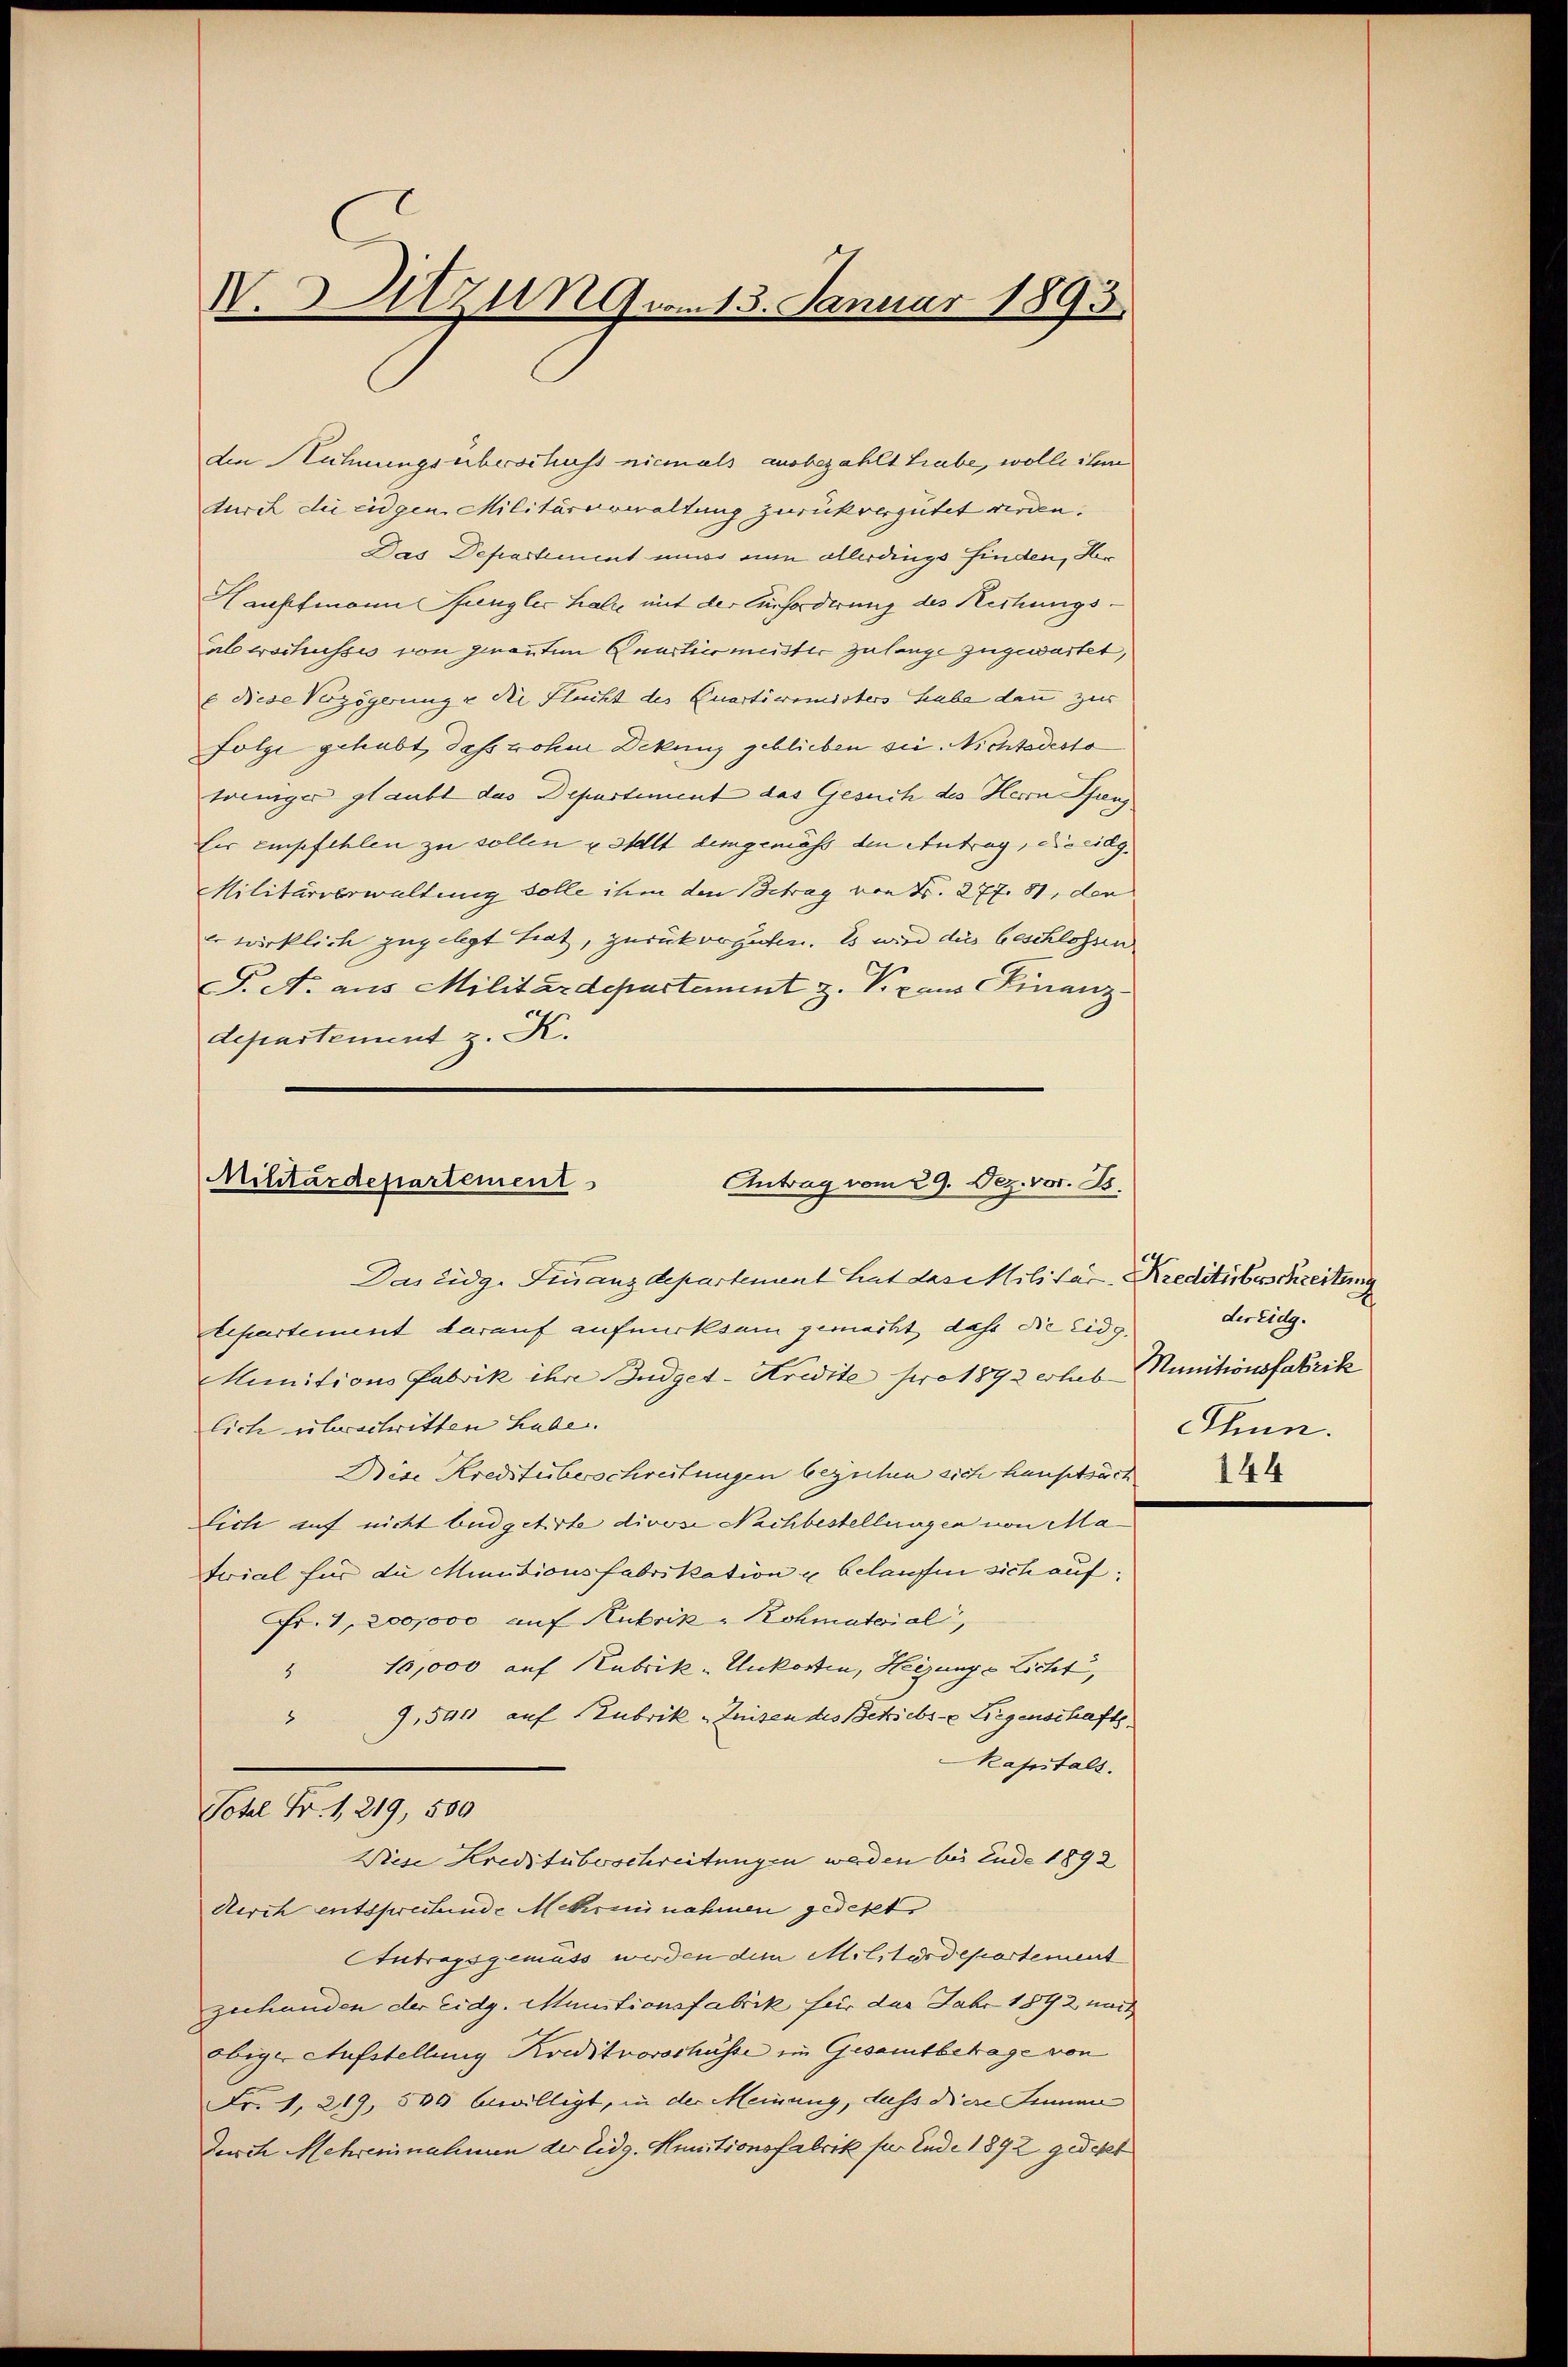
V.Sitzung vom 13. Januar 1893.

den Hahnungsüberschuss niemals ausbezahlt habe, wolle ihm
durch die eidgen. Militärverwaltung zurückvergütet werden.
Das Departement mir nun allerdings finden, Her
Hauptmann Pfungler halte mit der Erforderung des Reihungsal wochusses von genanten Quartiermeister Zulange zugewartet,
x diese Verzögerung u die Flucht des Quartiermisters habe dann zur
Folge gehabt, daß wohne Dekung geblieben sei Nichtsdesto
weniger glaubt das Departiment das Gesuch des Herrn Gan
Eir empfehlen zu sollen u stellt demgemäss den Antrag, die eidg.
Militärverwaltung solle ihm den Betrag von Fr. 277. 81, den
 wirklich zugelegt hat, zurückvoguten. Es wird dies beschlossen
F. A. aus Militärdepartement z. Voraus Chinanz
departement z. K.
Militärdepartement
Antrag vom 29. Dez. vor. Js.

Das Eidg. Finanzdepartement hat das Militar-Kreditibuschreitung
tepartement darauf aufmerksam gemacht, dass die Eidg.
Munitions Fabrik ihre Budget-Kredite pro 1872 erlas Munitionsfabrik
lich überschritten habe.
Bise Kreistüberschreitungen beziehen sich hauptsäch
lich auf nicht büdgetirte divose Nachbestellungen von Material für die Minutionsfabrikation u belaufen sich auf.
Fr. 1, 200,000 auf Rubrik-Kohmaterial,
" 10,000 auf Kubrik- Unkosten, Heizunge Licht,
9,500 auf Rubrik „Zeiten des Betriebs - Liegenschaftskapitals.
Totel Fr. 1219, 500
Wiese Kreditübeschreitungen werden bis Ende 1892
Airch entsprechende Mehren nahmen gedekte
Antragsgemäss werden den Militärdepartement
zuhanden der Eidg. Munitionsfabrik für das Jahr 1872 nach
obige Aufstellung Kreditvorschüsse ein Gesamtbetage von
Fr. 1, 219, 500 bewilligt, in der Meinung, dass diese Sinnen
Durch Mehrensnahmen der Eidg. Munitionsfabrik für Ende 1892 gedekt

der Eidg.
Thun.